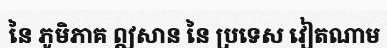
នៃ ភូមិភាគ ឦសាន នៃ ប្រទេស វៀតណាម